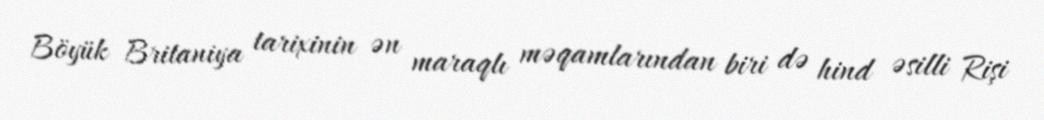
Böyük Britaniya tarixinin ən maraqlı məqamlarından biri də hind əsilli Rişi